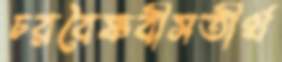
চরবৈষ্ণবীসতীর্থ